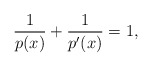
\begin{align*}\frac{1}{p(x)}+\frac{1}{p'(x)}=1,\end{align*}